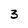
Character: 3